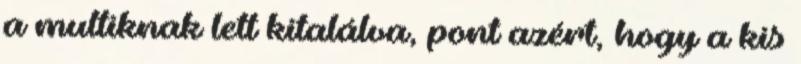
a multiknak lett kitalálva, pont azért, hogy a kis